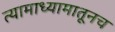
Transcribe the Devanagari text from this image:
त्यामाध्यामातूनच